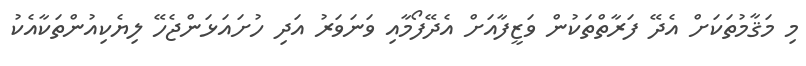
މި މަޤާމުތަކަށް އެދޭ ފަރާތްތަކުން ވަޒީފާއަށް އެދޭފޯމާއި ވަނަވަރު އަދި ހުށައަޅަންޖެހޭ ލިޔެކިއުންތަކާއެކު